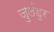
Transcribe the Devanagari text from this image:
जुलंडुर